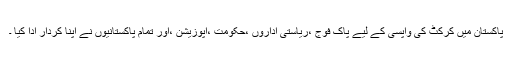
پاکستان میں کرکٹ کی واپسی کے لیے پاک فوج ،ریاستی اداروں ،حکومت ،اپوزیشن ،اور تمام پاکستانیوں نے اپنا کردار ادا کیا ۔